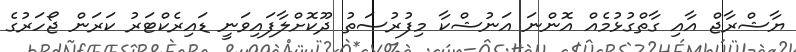
ޔާޝްރާޖް އާއި ގާތްގުޅުމެއް އޮންނަ އަނުޝްކާ މިފުރުސަތު ދޫކޮށްލާފައިވަނީ ޑައިރެކްޓަރު ކަރަން ޖޯހަރުގެ